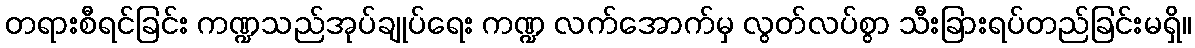
တရားစီရင်ခြင်း ကဏ္ဍသည်အုပ်ချုပ်ရေး ကဏ္ဍ လက်အောက်မှ လွတ်လပ်စွာ သီးခြားရပ်တည်ခြင်းမရှိ။